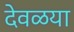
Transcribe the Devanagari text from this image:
देवळया